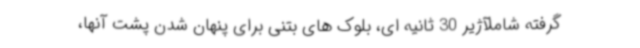
گرفته شاملآژیر 30 ثانیه ای، بلوک های بتنی برای پنهان شدن پشت آنها،